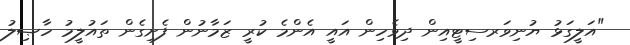
"އަލީގަޅު ޔުނިވަރސިޓީއިން ދިވެހިން އައީ އެންމެ ކުރީ ޒަމާނުން ފެށިގެން ތައުލީމު ހާޞިލު